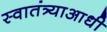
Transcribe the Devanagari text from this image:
स्वातंत्र्याआधी